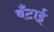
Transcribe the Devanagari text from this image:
बँटाई